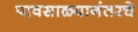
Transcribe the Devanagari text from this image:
पावसाळ्यानंतरचे